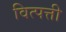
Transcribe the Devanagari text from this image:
वित्पत्ती